Indian journal of veterinary science and animal husbandry - Volumes 18-21, 1948-1951
Year: 1948
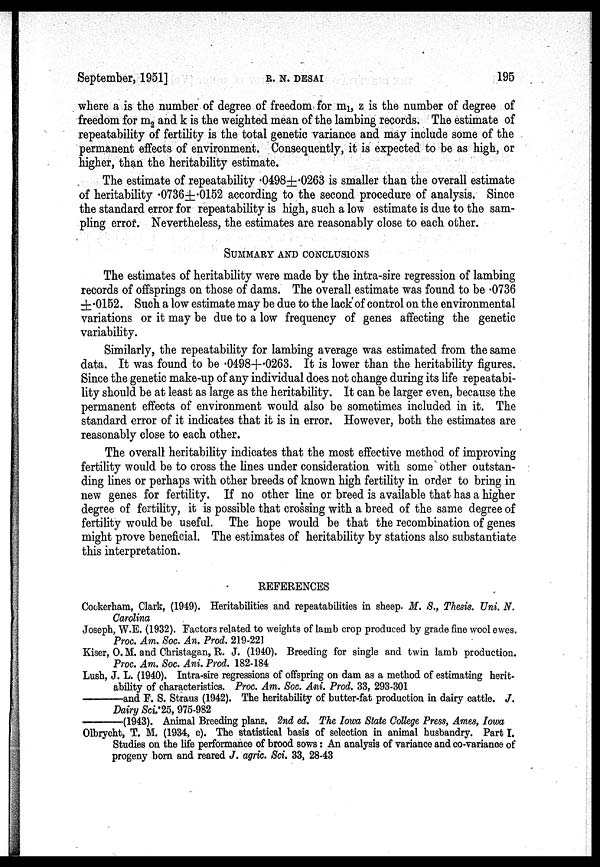
September, 1951]
R.
N.
DESAI
195
where a is the number of degree of freedom for m 1 , z is the number of degree of
freedom for m 2 and k is the weighted mean of the lambing records. The estimate of
repeatability of fertility is the total genetic variance and may include some of the
permanent effects of environment. Consequently, it is expected to be as high, or
higher, than the heritability estimate.
The estimate of repeatability .0498±.0263 is smaller than the overall estimate
of heritability .0736±.0152 according to the second procedure of analysis. Since
the standard error for repeatability is high, such a low estimate is due to the sam-
pling error. Nevertheless, the estimates are reasonably close to each other.
SUMMARY AND CONCLUSIONS
The estimates of heritability were made by the intra-sire regression of lambing
records of offsprings on those of dams. The overall estimate was found to be .0736
±.0152. Such a low estimate may be due to the lack of control on the environmental
variations or it may be due to a low frequency of genes affecting the genetic
variability.
Similarly, the repeatability for lambing average was estimated from the same
data. It was found to be .0498±.0263. It is lower than the heritability figures.
Since the genetic make-up of any individual does not change during its life repeatabi-
lity should be at least as large as the heritability. It can be larger even, because the
permanent effects of environment would also be sometimes included in it. The
standard error of it indicates that it is in error. However, both the estimates are
reasonably close to each other.
The overall heritability indicates that the most effective method of improving
fertility would be to cross the lines under consideration with some other outstan-
ding lines or perhaps with other breeds of known high fertility in order to bring in
new genes for fertility. If no other line or breed is available that has a higher
degree of fertility, it is possible that crossing with a breed of the same degree of
fertility would be useful. The hope would be that the recombination of genes
might prove beneficial. The estimates of heritability by stations also substantiate
this interpretation.
REFERENCES
Cockerham, Clark, (1949). Heritabilities and repeatabilities in sheep. M. S., Thesis. Uni. N.
Carolina
Joseph, W.E. (1932). Factors related to weights of lamb crop produced by grade fine wool ewes.
Proc. Am. Soc. An. Prod. 219-221
Kiser, O. M. and Christagan, R. J. (1940). Breeding for single and twin lamb production.
Proc. Am. Soc. Ani. Prod. 182-184
Lush, J. L. (1940). Intra-sire regressions of offspring on dam as a method of estimating herit-
ability of characteristics. Proc. Am. Soc. Ani. Prod. 33, 293-301
—and
F. S. Straus (1942). The heritability of butter-fat production in dairy cattle. J.
Dairy Sci.25, 975-982
—(1943).
Animal Breeding plans. 2nd ed. The Iowa State College Press, Ames, Iowa
Olbrycht, T. M. (1934, c). The statistical basis of selection in animal husbandry. Part I.
Studies on the life performance of brood sows: An analysis of variance and co-variance of
progeny born and reared J. agric. Sci. 33, 28-43